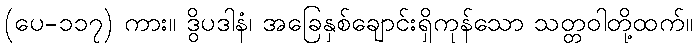
(ပေ-၁၁၇) ကား။ ဒွိပဒါနံ၊ အခြေနှစ်ချောင်းရှိကုန်သော သတ္တဝါတို့ထက်။